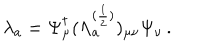
\lambda _ { a } = \Psi _ { \mu } ^ { \dagger } ( \Lambda _ { a } ^ { ( \frac { 1 } { 2 } ) } ) _ { \mu \nu } \Psi _ { \nu } \, .